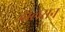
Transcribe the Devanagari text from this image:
जोलसन